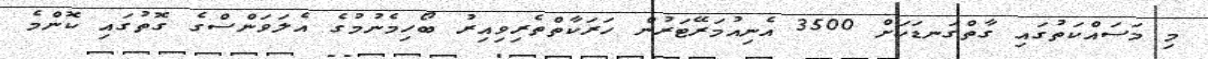
މި މަސައްކަތުގައި ގާތްގަނޑަކަށް 3500 އެނިއުމަރޭޓަރުން ހަރަކާތްތެރިވިއިރު ބޯހިމެނުމުގެ އެލަވަންސްގެ ގޮތުގައި ކޮންމެ